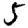
Digit: 5